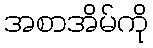
အစာအိမ်ကို